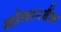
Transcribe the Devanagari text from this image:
गोगारबैंक